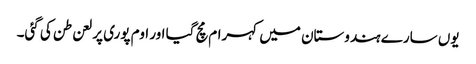
یوں سارے ہندوستان میں کہرام مچ گیا اور اوم پوری پر لعن طن کی گئی۔